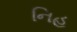
નિહ